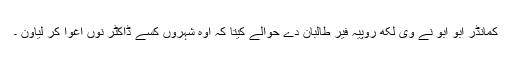
کمانڈر ابو ابو نے وی لکھ روپیہ فیر طالبان دے حوالے کیتا کہ اوہ شہروں کسے ڈاکٹر نوں اغوا کر لیاون ۔